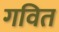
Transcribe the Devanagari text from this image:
गवित